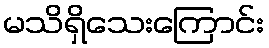
မသိရှိသေးကြောင်း